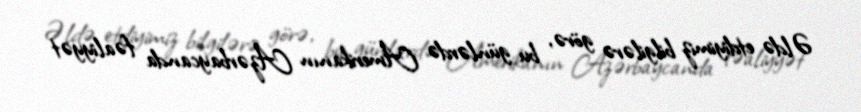
Əldə etdiyimiz bilgilərə görə, bu günlərdə Amerikanın Azərbaycanda fəaliyyət